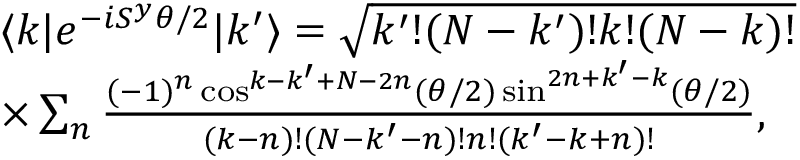
\begin{array} { r l } & { \langle k | e ^ { - i S ^ { y } \theta / 2 } | k ^ { \prime } \rangle = \sqrt { k ^ { \prime } ! ( N - k ^ { \prime } ) ! k ! ( N - k ) ! } } \\ & { \times \sum _ { n } \frac { ( - 1 ) ^ { n } \cos ^ { k - k ^ { \prime } + N - 2 n } ( \theta / 2 ) \sin ^ { 2 n + k ^ { \prime } - k } ( \theta / 2 ) } { ( k - n ) ! ( N - k ^ { \prime } - n ) ! n ! ( k ^ { \prime } - k + n ) ! } , } \end{array}